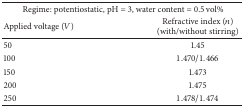
| <COLSPAN=2> Regime: potentiostatic, pH = 3, water content = 0.5 vol% |
 | Applied voltage (V) | Refractive index (n) (with/without stirring) |
 | --- | --- |
 | 50 | 1.45 |
 | 100 | 1.470/1.466 |
 | 150 | 1.473 |
 | 200 | 1.475 |
 | 250 | 1.478/1.474 |